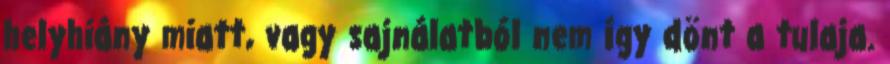
helyhiány miatt, vagy sajnálatból nem így dönt a tulaja.